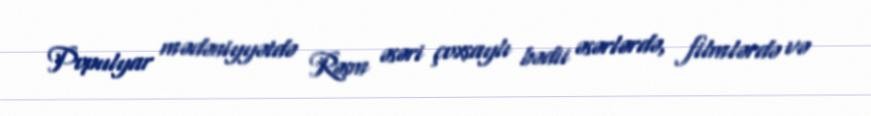
Populyar mədəniyyətdə Rəsm əsəri çoxsaylı bədii əsərlərdə, filmlərdə və